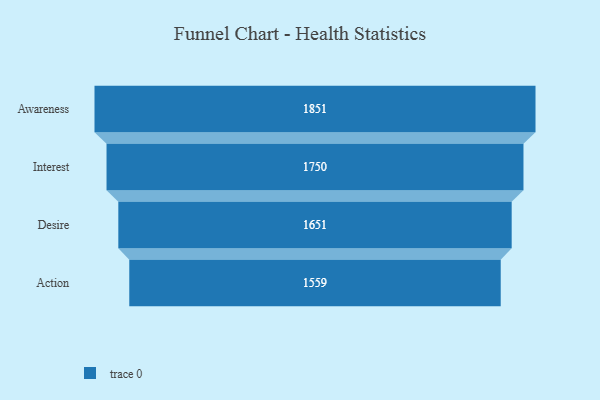
{"axis": {"x": "Stage", "y": "Value"}, "legend": [""], "data": [{"x": "Awareness", "y": 1851.0, "type": ""}, {"x": "Interest", "y": 1750.0, "type": ""}, {"x": "Desire", "y": 1651.0, "type": ""}, {"x": "Action", "y": 1559.0, "type": ""}]}